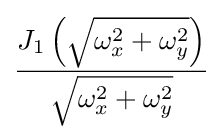
{\frac {J_{1}\left({\sqrt {\omega _{x}^{2}+\omega _{y}^{2}}}\right)}{\sqrt {\omega _{x}^{2}+\omega _{y}^{2}}}}